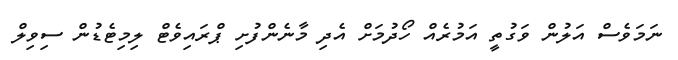
ނަމަވެސް އަލުން ވަގުތީ އަމުރެއް ހޯދުމަށް އެދި މާނެންފުށި ޕްރައިވެޓް ލިމިޓެޑުން ސިވިލް